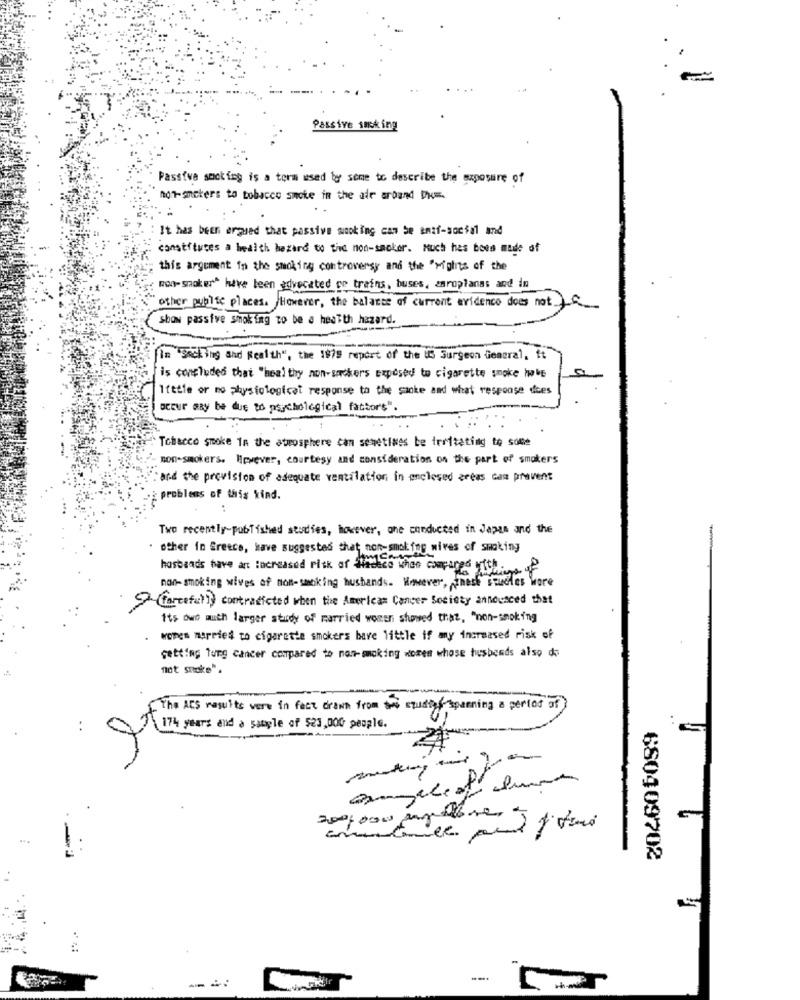
Passive sucking
Passiva smoking is a term used by some to describe the exposure of
non-smokers to tobacco smoke in the air arband Dk =.
It has been argued that passive woking can Se enaf-social and
constitutes a health hezard to the non-saokor. Kuch has been mude of
this argument in the smoking controversy and the "wighits of the
non- smokers have been advocated op trains, buses, enroplanas and in
other public places. However, the balance of current evidence does not If
( show passive smoking to be a health hazard.
In Smoking and Health", the 1979 report of the US Surgeon General, ft
is concluded that "healthy non-sarckers exposed to cigarette smoke hwbe
little or no physiological response to the sake and what response dices
occur aRy be due to psychological factor's".
Tobacco smoke in the atmosphere can sometimes be teritating to some
non-smokers. However, courtesy and consideration on the part of smokers
and the provision of adequate ventilation in enclosed areas can prevent
problems of this kind.
Two recently-published studies, however, one conducted in Japan and the
other in Greece, have suggested that non-smoking wives of smoking
husbands have an increased risk of Sadece when compared with.
non-smoking wives of non-smoking husbands. However, thesh" studies
> (forceful) contradicted when the Americas Cancer Society announced that
its dwd much larger study of married women showed that, "non-smoking
wonen married to cigarette smokers bare little if any increased risk of
getting lung cancer compared to non-smoking women whose husbands also do
not smoke".
The ACS results were in fact drawn from sw studie spenning a period of )
174 years and a sample of $23,000 people.
-
680409702
---